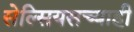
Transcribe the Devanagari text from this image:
सेल्सियसच्याही